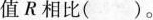
值R相比()。